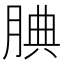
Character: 腆